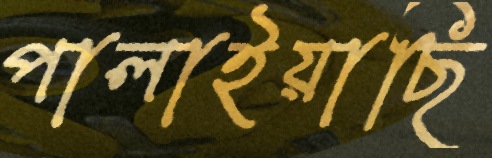
পালাইয়াছি